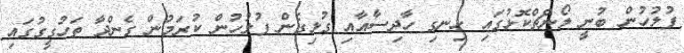
ފުލުހުން ބުނީ ލޯންޗްކޮޅުގައި ހިނގި ހާދިސާއާއި ގުޅިގެން ފުލުހުން ކުރަމުން ގެންދާ ތަހުގީގުގައި